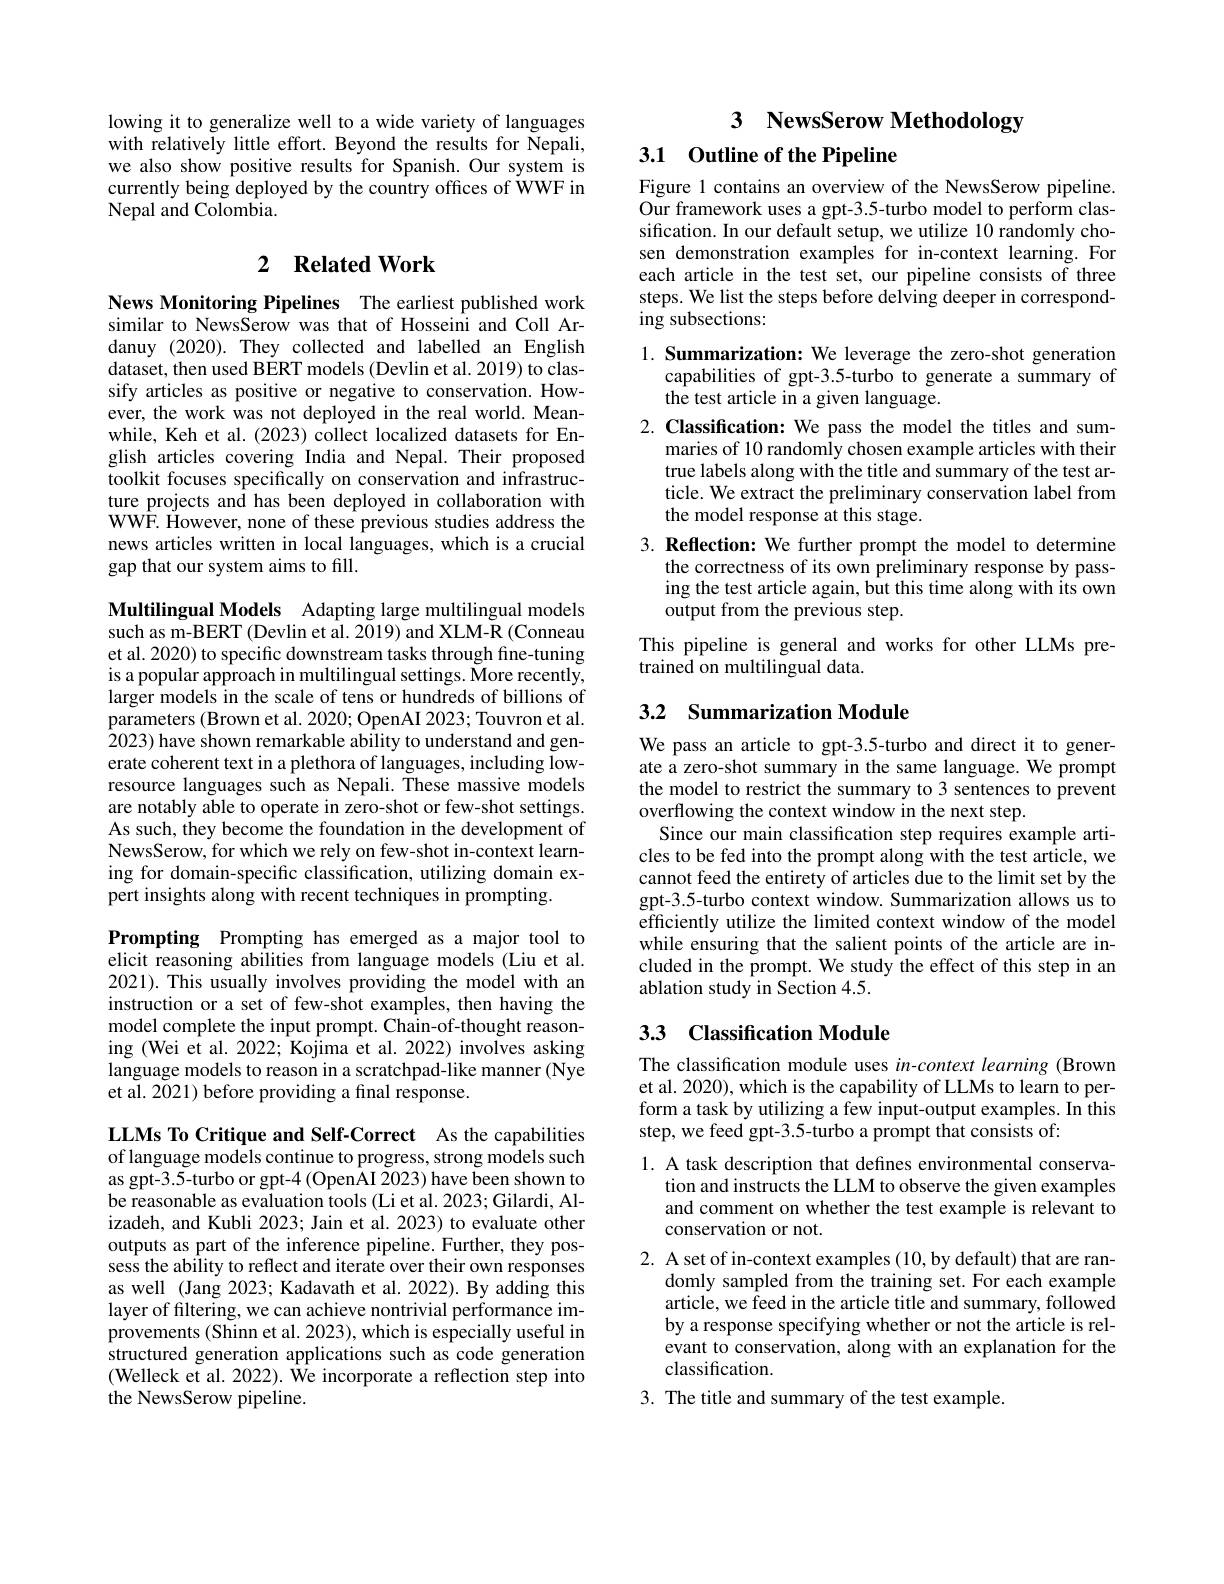
lowing it to generalize well to a wide variety of languages with relatively little effort. Beyond the results for Nepali, we also show positive results for Spanish.Our system is currently being deployed by the country offices of WWF in Nepal and Colombia.

## 2 $\textbf{Related Work}$

News Monitoring Pipelines The earliest published work similar to NewsSerow was that of Hosseini and Coll Ardanuy (2020). They collected and labelled an English dataset, then used BERT models (Devlin et al. 2019) to classify articles as positive or negative to conservation. However, the work was not deployed in the real world. Meanwhile, Keh et al. (2023) collect localized datasets for English articles covering India and Nepal. Their proposed toolkit focuses specifically on conservation and infrastructure projects and has been deployed in collaboration with WWF. However, none of these previous studies address the news articles written in local languages, which is a crucial gap that our system aims to fill.

Multilingual Models Adapting large multilingual models such as m-BERT (Devlin et al. 2019) and XLM-R (Conneau et al. 2020) to specific downstream tasks through fine-tuning is a popular approach in multilingual settings. More recently, larger models in the scale of tens or hundreds of billions of parameters (Brown et al. 2020; OpenAI 2023; Touvron et al. 2023) have shown remarkable ability to understand and generate coherent text in a plethora of languages, including lowresource languages such as Nepali. These massive models are notably able to operate in zero-shot or few-shot settings. As such, they become the foundation in the development of NewsSerow, for which we rely on few-shot in-context learning for domain-specific classification, utilizing domain expert insights along with recent techniques in prompting

Prompting Prompting has emerged as a major tool to elicit reasoning abilities from language models (Liu et al. 2021). This usually involves providing the model with an instruction or a set of few-shot examples, then having the model complete the input prompt. Chain-of-thought reasoning (Wei et al. 2022; Kojima et al. 2022) involves asking language models to reason in a scratchpad-like manner (Nye et al. 2021) before providing a final response.

LLMs To Critique and Self-Correct As the capabilities of language models continue to progress, strong models such as gpt- 3. 5- turbo or gpt- 4 ( OpenAI 2023) have been shown to be reasonable as evaluation tools (Li et al. 2023; Gilardi, Alizadeh, and Kubli 2023; Jain et al. 2023) to evaluate other outputs as part of the inference pipeline. Further, they possess the ability to reflect and iterate over their own responses as well (Jang 2023; Kadavath et al. 2022). By adding this layer of filtering, we can achieve nontrivial performance improvements (Shinn et al. 2023), which is especially useful in structured generation applications such as code generation (Welleck et al. 2022). We incorporate a reflection step into the NewsSerow pipeline.

3 NewsSerow Methodology
### 3.1 Outline of the Pipeline

Figure 1 contains an overview of the NewsSerow pipeline. Our framework uses a gpt-3.5-turbo model to perform classification. In our default setup, we utilize 10 randomly chosen demonstration examples for in-context learning. For each article in the test set, our pipeline consists of three steps. We list the steps before delving deeper in corresponding subsections:

1. Summarization: We leverage the zero-shot generation
capabilities of gpt-3.5-turbo to generate a summary of
the test article in a given language.
2. Classification: We pass the model the titles and sum-
maries of 10 randomly chosen example articles with their true labels along with the title and summary of the test article. We extract the preliminary conservation label from the model response at this stage.
3. Reflection: We further prompt the model to determine
the correctness of its own preliminary response by passing the test article again, but this time along with its own output from the previous step.
This pipeline is general and works for other LLMs pre-
$\tilde{\text{trained on multilingual data.}}$

# 3.2 Summarization Module

We pass an article to gpt-3.5-turbo and direct it to generate a zero-shot summary in the same language. We prompt the model to restrict the summary to 3 sentences to prevent overflowing the context window in the next step.
Since our main classification step requires example articles to be fed into the prompt along with the test article, we cannot feed the entirety of articles due to the limit set by the gpt-3.5-turbo context window. Summarization allows us to efficiently utilize the limited context window of the model while ensuring that the salient points of the article are included in the prompt. We study the effect of this step in an ablation study in Section 4.5.

# 33 Classification Module

The classification module uses in-context learning (Brown et al. 2020), which is the capability of LLMs to learn to perform a task by utilizing a few input-output examples. In this step, we feed gpt-3.5-turbo a prompt that consists of:

1. A task description that defines environmental conserva-
tion and instructs the LLM to observe the given examples and comment on whether the test example is relevant to conservation or not.
2. A set of in-context examples (10, by default) that are ran-
domly sampled from the training set. For each example article, we feed in the article title and summary, followed by a response specifying whether or not the article is relevant to conservation, along with an explanation for the classification.
3. The title and summary of the test example.